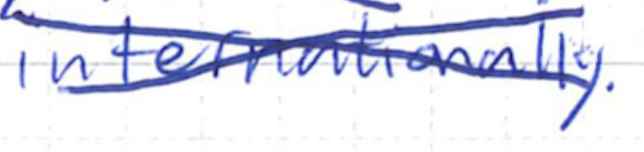
Text: internationally.
Cross-out: cross
Writing tool: ballpoint